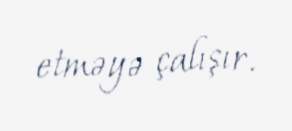
etməyə çalışır.